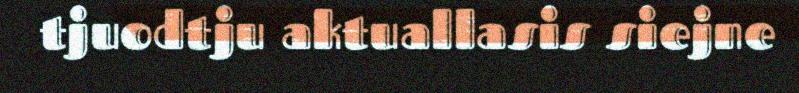
tjuodtju aktuallasis siejne